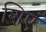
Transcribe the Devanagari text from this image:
शिएं